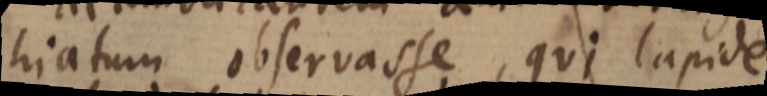
hiatum observasse, qui lapide